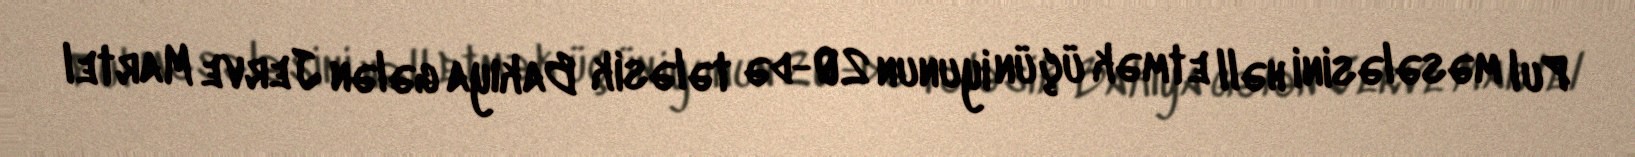
Pul məsələsini həll etmək üçün iyunun 20-də tələsik Bakıya gələn Jerve Martel